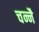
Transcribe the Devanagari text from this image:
चन्नै